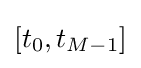
[t_{0},t_{M-1}]